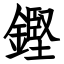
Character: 鏗